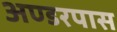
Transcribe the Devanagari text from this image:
अण्डरपास